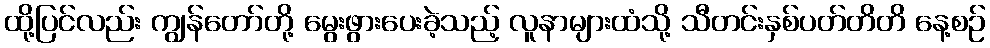
ထို့ပြင်လည်း ကျွန်တော်တို့ မွေးဖွားပေးခဲ့သည့် လူနာများထံသို့ သီတင်းနှစ်ပတ်တိတိ နေ့စဉ်